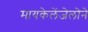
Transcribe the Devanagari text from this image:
मायकेलेंजेलोने